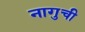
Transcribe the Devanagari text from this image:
नागुची